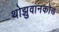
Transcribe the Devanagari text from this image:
थोझुवानकोड